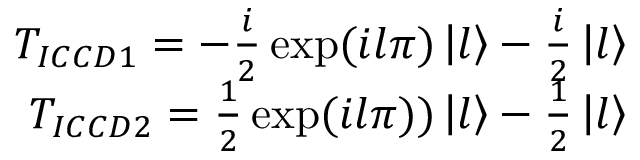
\begin{array} { r } { T _ { I C C D 1 } = - \frac { i } { 2 } \exp ( i l \pi ) \left| l \right\rangle - \frac { i } { 2 } \left| l \right\rangle } \\ { T _ { I C C D 2 } = \frac { 1 } { 2 } \exp ( i l \pi ) ) \left| l \right\rangle - \frac { 1 } { 2 } \left| l \right\rangle } \end{array}